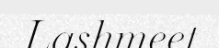
Lashmeet